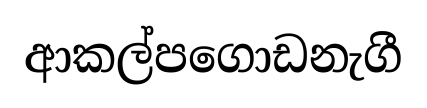
ආකල්පගොඩනැගී